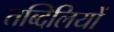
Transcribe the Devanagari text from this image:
तब्दिलियों